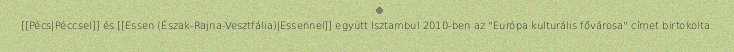
[[Pécs|Péccsel]] és [[Essen (Észak-Rajna-Vesztfália)|Essennel]] együtt Isztambul 2010-ben az "Európa kulturális fővárosa" címet birtokolta.